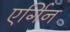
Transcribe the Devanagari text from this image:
एर्गिन